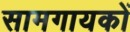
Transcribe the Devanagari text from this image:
सामगायकों